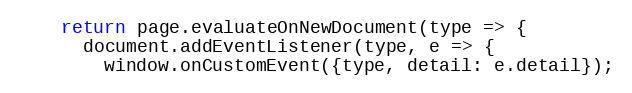
Language: JavaScript
    return page.evaluateOnNewDocument(type => {
      document.addEventListener(type, e => {
        window.onCustomEvent({type, detail: e.detail});